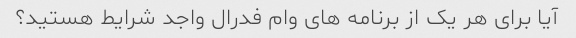
آیا برای هر یک از برنامه های وام فدرال واجد شرایط هستید؟